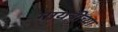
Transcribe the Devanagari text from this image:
गायत्रीच्या